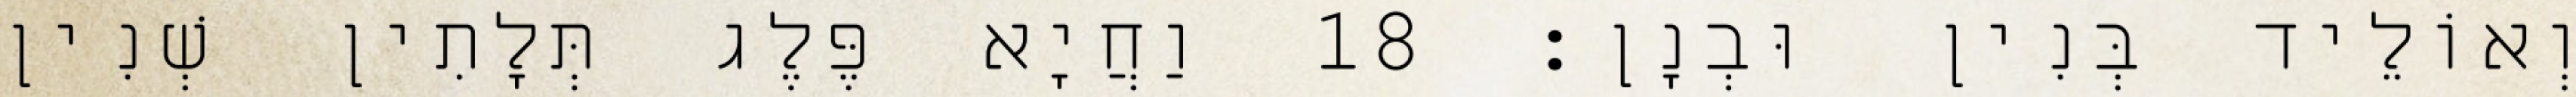
וְאוֹלֵיד בְּנִין וּבְנָן׃ 18 וַחֲיָא פֶּלֶג תְּלָתִין שְׁנִין